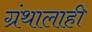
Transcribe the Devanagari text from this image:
ग्रंथालाही